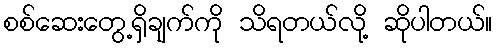
စစ်ဆေးတွေ့ရှိချက်ကို သိရတယ်လို့ ဆိုပါတယ်။